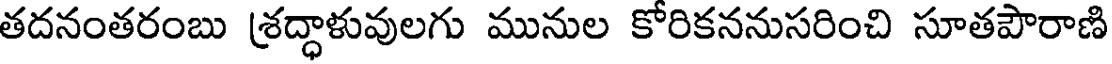
తదనంతరంబు శ్రద్ధాళువులగు మునుల కోరికననుసరించి సూతపౌరాణి